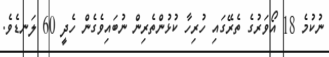
ނުކުމެ 18 އޯވަރުގެ ތެރޭގައި ހުރިހާ ކުޅުންތެރިން ނުބައިވެގެން ހެދީ 60 ލަނޑެވެ.